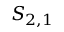
S _ { 2 , 1 }